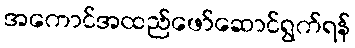
အကောင်အထည်ဖော်ဆောင်ရွက်ရန်